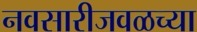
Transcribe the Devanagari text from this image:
नवसारीजवळच्या